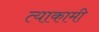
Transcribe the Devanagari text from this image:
त्याकामी